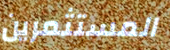
المستثمرين